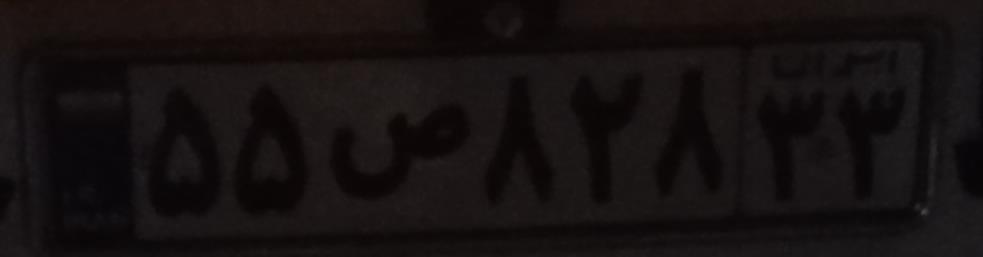
۵۵ص۸۲۸۳۳